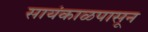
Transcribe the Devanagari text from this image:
सायंकाळपासून